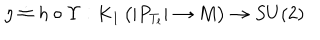
LaTeX: \eta \doteq h \circ \Upsilon : K _ { 1 } \left( | P _ { T _ { l } } | \rightarrow { M } \right) \rightarrow S U ( 2 )